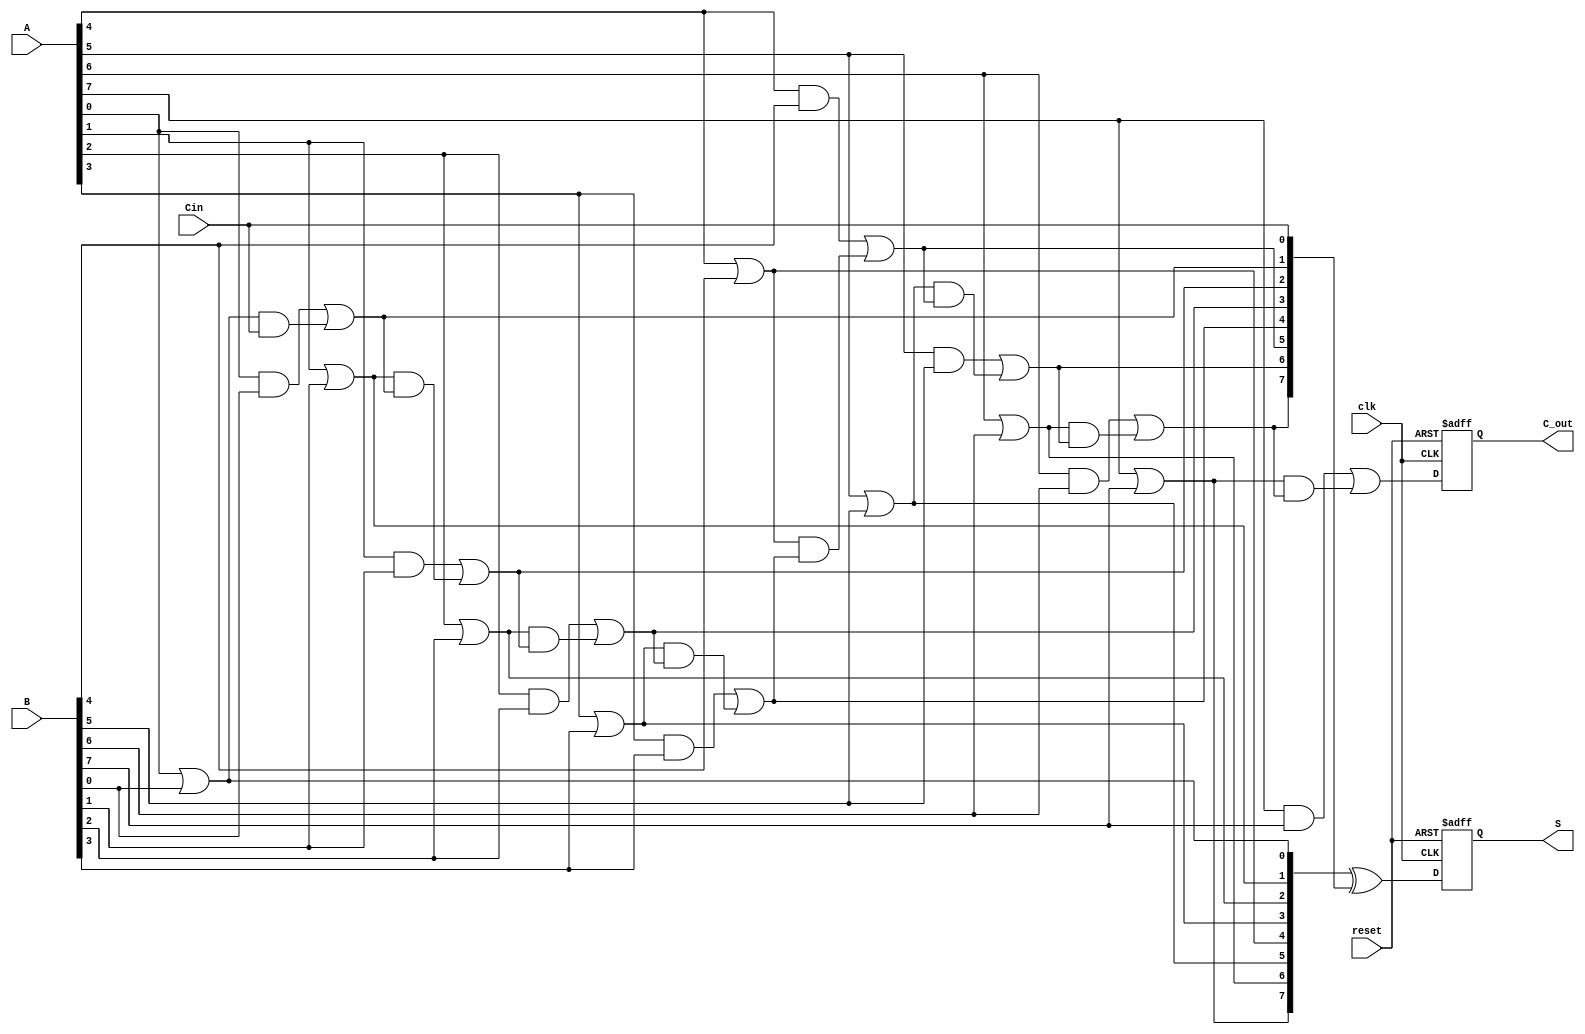
module pipelined_cla #(parameter N = 8) (
    input wire clk,
    input wire reset,
    input wire [N-1:0] A,
    input wire [N-1:0] B,
    input wire Cin,
    output reg [N-1:0] S,
    output reg C_out
);

// Internal signals for generate and propagate
wire [N-1:0] G;
wire [N-1:0] P;
wire [N:0] C; // Carry signals (C[0] is Cin)

// Stage 1: Generate and Propagate Logic
generate
    genvar i;
    for (i = 0; i < N; i = i + 1) begin : genprop
        assign G[i] = A[i] & B[i]; // Generate
        assign P[i] = A[i] | B[i]; // Propagate
    end
endgenerate

// Stage 2: Carry Calculation
assign C[0] = Cin; // Initial carry is Cin

generate
    for (i = 0; i < N; i = i + 1) begin : carry
        assign C[i + 1] = G[i] | (P[i] & C[i]);
    end
endgenerate

// Stage 3: Sum Calculation
always @(posedge clk or posedge reset) begin
    if (reset) begin
        S <= 0;
        C_out <= 0;
    end else begin
        // Calculate the sum
        S <= P ^ C[N-1:0]; // Sum calculation
        C_out <= C[N];     // Carry out
    end
end

endmodule